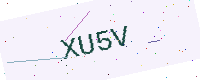
Text: XU5V